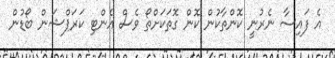
އެ ފައިސާ ނެރުނީ ކޮންތާކުން ކޮން ގޮތަކަށްތޯ ވެސް އެންޓި ކަރަޕްޝަން ބޯޑުން